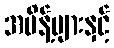
အမိန့်များနှင့်